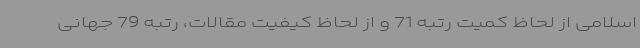
اسلامی از لحاظ کمیت رتبه 71 و از لحاظ کیفیت مقالات، رتبه 79 جهانی